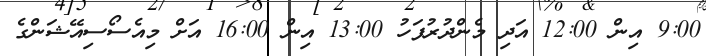
9:00 އިން 12:00 އަދި މެންދުރުފަހު 13:00 އިން 16:00 އަށް މިއެސޯސިއޭޝަންގެ